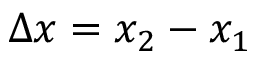
\Delta x = x _ { 2 } - x _ { 1 }